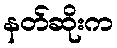
နတ်ဆိုးက